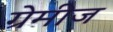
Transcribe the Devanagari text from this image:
ग्रेमीज